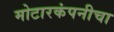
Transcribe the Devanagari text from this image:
मोटारकंपनीचा